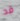
قد